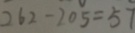
2 6 2 - 2 0 5 = 5 7